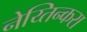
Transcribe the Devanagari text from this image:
नेय्तिन्करा